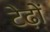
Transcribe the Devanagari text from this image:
टेढ़ों